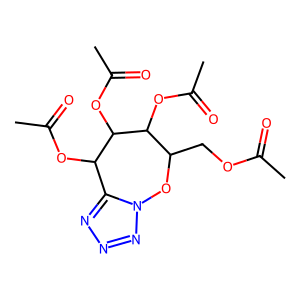
SMILES: CC(=O)OCC1On2nnnc2C(OC(C)=O)C(OC(C)=O)C1OC(C)=O
Inhibits HIV replication: No